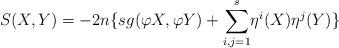
LaTeX: \begin{align*}S(X,Y)=-2n\{sg(\varphi X,\varphi Y)+\underset{i,j=1}{\overset{s}{\sum }}\eta^{i}(X)\eta ^{j}(Y)\}\end{align*}